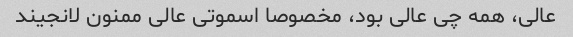
عالی، همه چی عالی بود، مخصوصا اسموتی عالی ممنون لانجیند